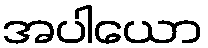
အပါယော